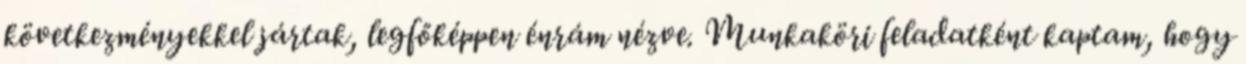
kö­vet­kezményekkel jártak, legfőképpen énrám nézve. Munkaköri fel­adatként kaptam, hogy